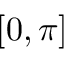
[ 0 , \pi ]